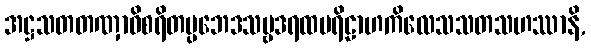
အဋ္ဌသတတဏှာဝိစရိတပ္ပဘေဒသဗ္ဗဒရထပရိဠာဟကိလေသသတသဟဿာနိ,